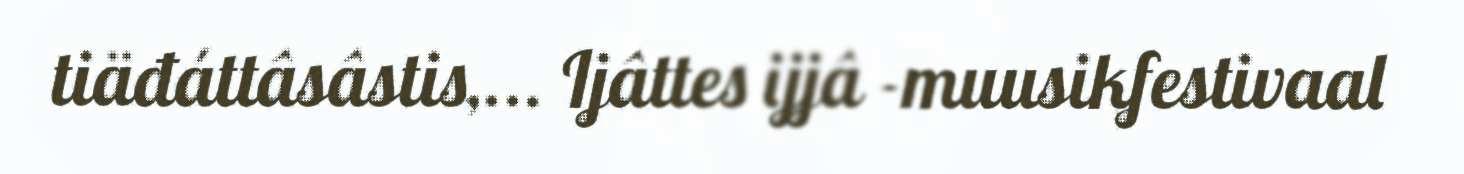
tiäđáttâsâstis,... Ijâttes ijjâ -muusikfestivaal